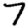
Digit: 7